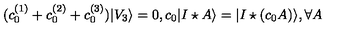
( c _ { 0 } ^ { ( 1 ) } + c _ { 0 } ^ { ( 2 ) } + c _ { 0 } ^ { ( 3 ) } ) | V _ { 3 } \rangle = 0 , c _ { 0 } | I \star A \rangle = | I \star ( c _ { 0 } A ) \rangle , \forall A